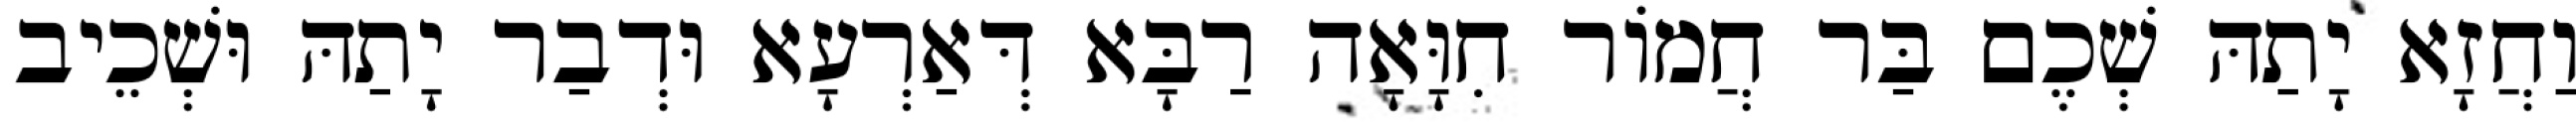
וַחֲזָא יָתַהּ שְׁכֶם בַּר חֲמוֹר חִוָּאָה רַבָּא דְּאַרְעָא וּדְבַר יָתַהּ וּשְׁכֵיב